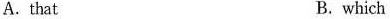
A.that B. which